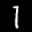
Label: 1